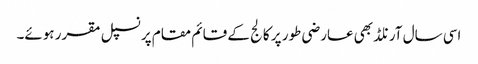
اسی سال آرنلڈ بھی عارضی طور پر کالج کے قائم مقام پرنسپل مقرر ہوئے۔